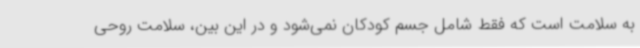
به سلامت است که فقط شامل جسم کودکان نمی‌شود و در این بین، سلامت روحی